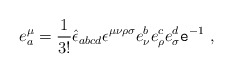
\begin{align*}e^{\mu}_a= \frac{1}{3!} \hat{\epsilon}_{abcd} \epsilon^{\mu \nu \rho\sigma} e^b_{\nu} e^c_{\rho} e^d_{\sigma} {\tt e}^{-1}~, \end{align*}